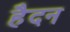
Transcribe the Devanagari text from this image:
हैदन